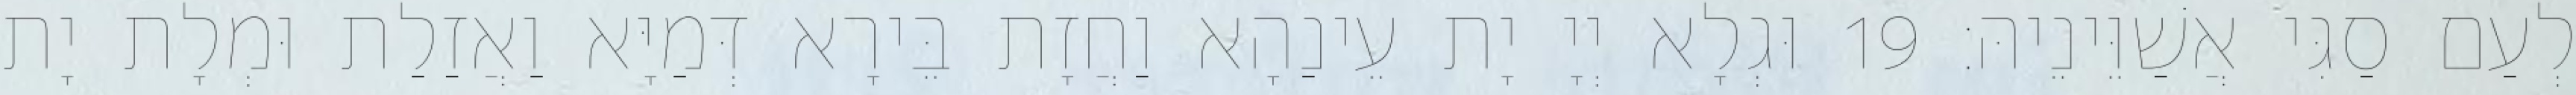
לְעַם סַגִּי אֲשַׁוֵּינֵיהּ׃ 19 וּגְלָא יְיָ יָת עֵינַהָא וַחֲזָת בֵּירָא דְּמַיָּא וַאֲזַלַת וּמְלָת יָת